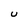
Character: U